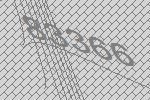
83366